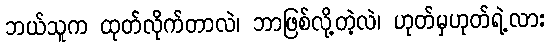
ဘယ်သူက ထုတ်လိုက်တာလဲ၊ ဘာဖြစ်လို့တဲ့လဲ၊ ဟုတ်မှဟုတ်ရဲ့လား